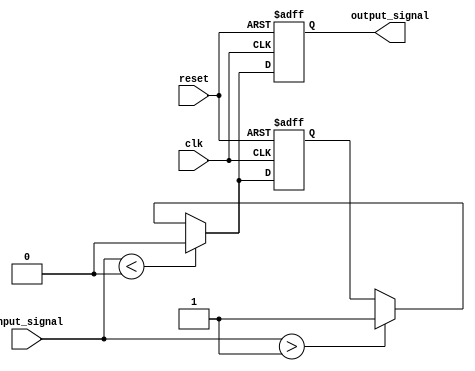
module Schmitt_trigger_buffer (
  input wire clk,
  input wire reset,
  input wire input_signal,
  output reg output_signal
);

parameter Vt_minus = 0; // Lower threshold voltage
parameter Vt_plus = 1; // Upper threshold voltage

reg feedback;

always @(posedge clk or posedge reset) begin
  if (reset) begin
    output_signal <= 1'b0;
    feedback <= 1'b0;
  end else begin
    if (input_signal < Vt_minus) begin
      output_signal <= 1'b0;
      feedback <= 1'b0;
    end else if (input_signal > Vt_plus) begin
      output_signal <= 1'b1;
      feedback <= 1'b1;
    end else begin
      output_signal <= feedback;
    end
  end
end

endmodule